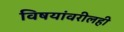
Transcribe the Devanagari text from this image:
विषयांवरीलही